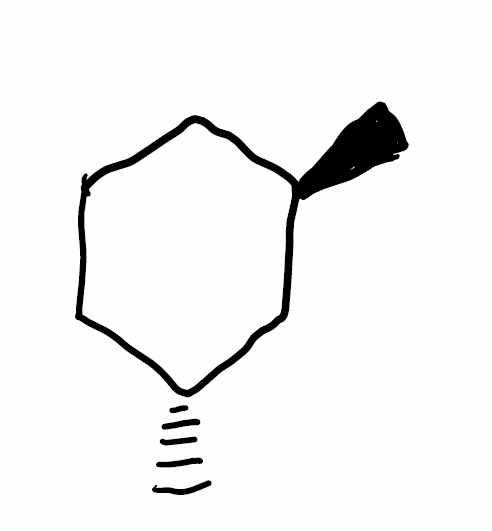
Simplified molecular-input line-entry system (SMILES) notation of the given molecule:
C[C@@H]1CCC[C@H](C1)C